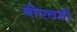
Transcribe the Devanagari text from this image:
बीएचडी